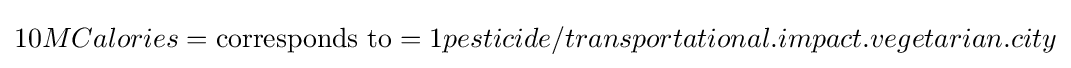
10MCalories={\text{corresponds to}}=1pesticide/transportational.impact.vegetarian.city